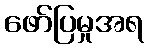
ဖော်ပြမှုအရ